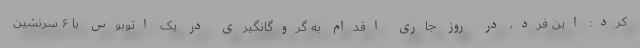
کرد: این فرد، در روز جاری اقدام به گروگانگیری در یک اتوبوس با ۶ سرنشین